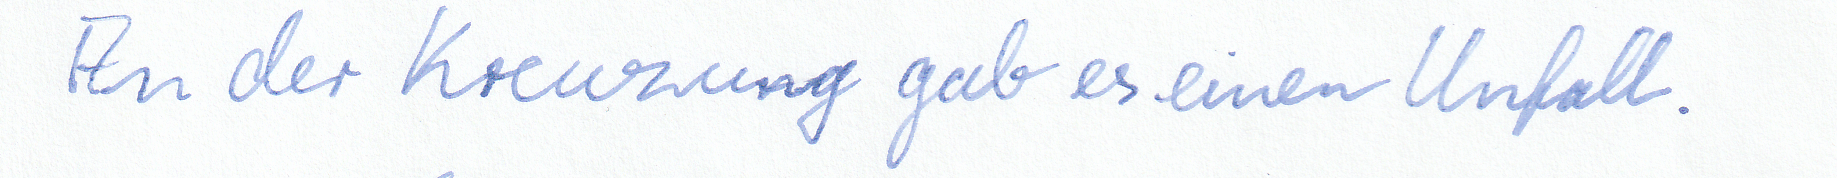
An der Kreuzung gab es einen Unfall.